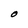
Character: O